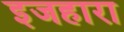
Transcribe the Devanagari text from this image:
इजहारा